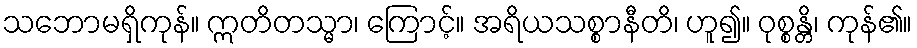
သဘောမရှိကုန်။ ဣတိတသ္မာ၊ ကြောင့်။ အရိယသစ္စာနီတိ၊ ဟူ၍။ ဝုစ္စန္တိ၊ ကုန်၏။